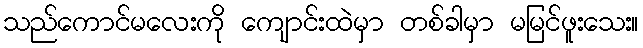
သည်ကောင်မလေးကို ကျောင်းထဲမှာ တစ်ခါမှာ မမြင်ဖူးသေး။